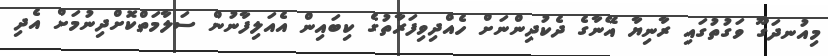
މިއުނދަގޫ ވަގުތުގައި ރާނިޔާ އޭނާގެ ދެކުދިންނަށް ހެއްދިވިފަރާތުގެ ކިބައިން އެއަލިފާނުން ސަލާމަތްކޮށްދިނުމަށް އެދި